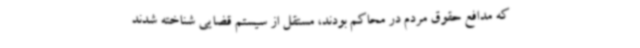
که مدافع حقوق مردم در محاکم بودند، مستقل از سیستم قضایی شناخته شدند